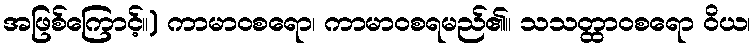
အဖြစ်ကြောင့်။) ကာမာဝစရော၊ ကာမာဝစရမည်၏။ သသတ္ထာဝစရော ဝိယ၊